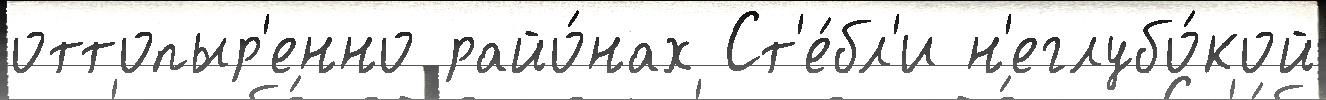
оттопыр'енно райо́нах Ст'е́бл'и н'еглубо́кой